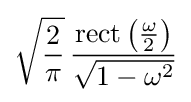
{\sqrt {\frac {2}{\pi }}}\,{\frac {\operatorname {rect} \left({\frac {\omega }{2}}\right)}{\sqrt {1-\omega ^{2}}}}